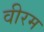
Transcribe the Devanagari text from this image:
वीरम